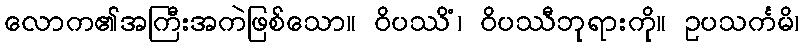
လောက၏အကြီးအကဲဖြစ်သော။ ဝိပဿိံ၊ ဝိပဿီဘုရားကို။ ဥပသင်္ကမိ၊